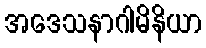
အဒေသနာဂါမိနိယာ